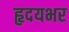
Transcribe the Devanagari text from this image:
हृदयभर